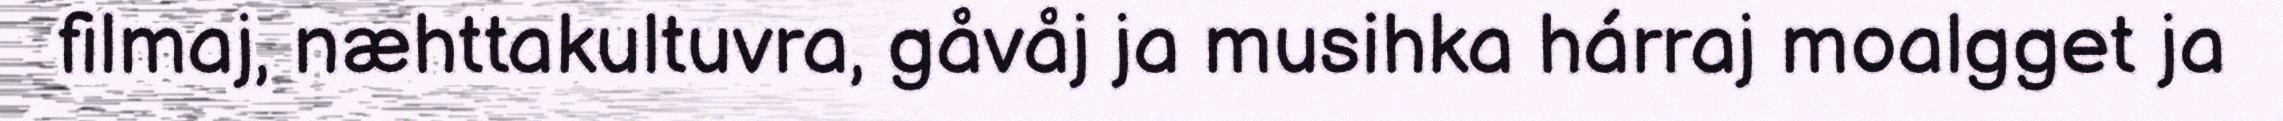
filmaj, næhttakultuvra, gåvåj ja musihka hárraj moalgget ja